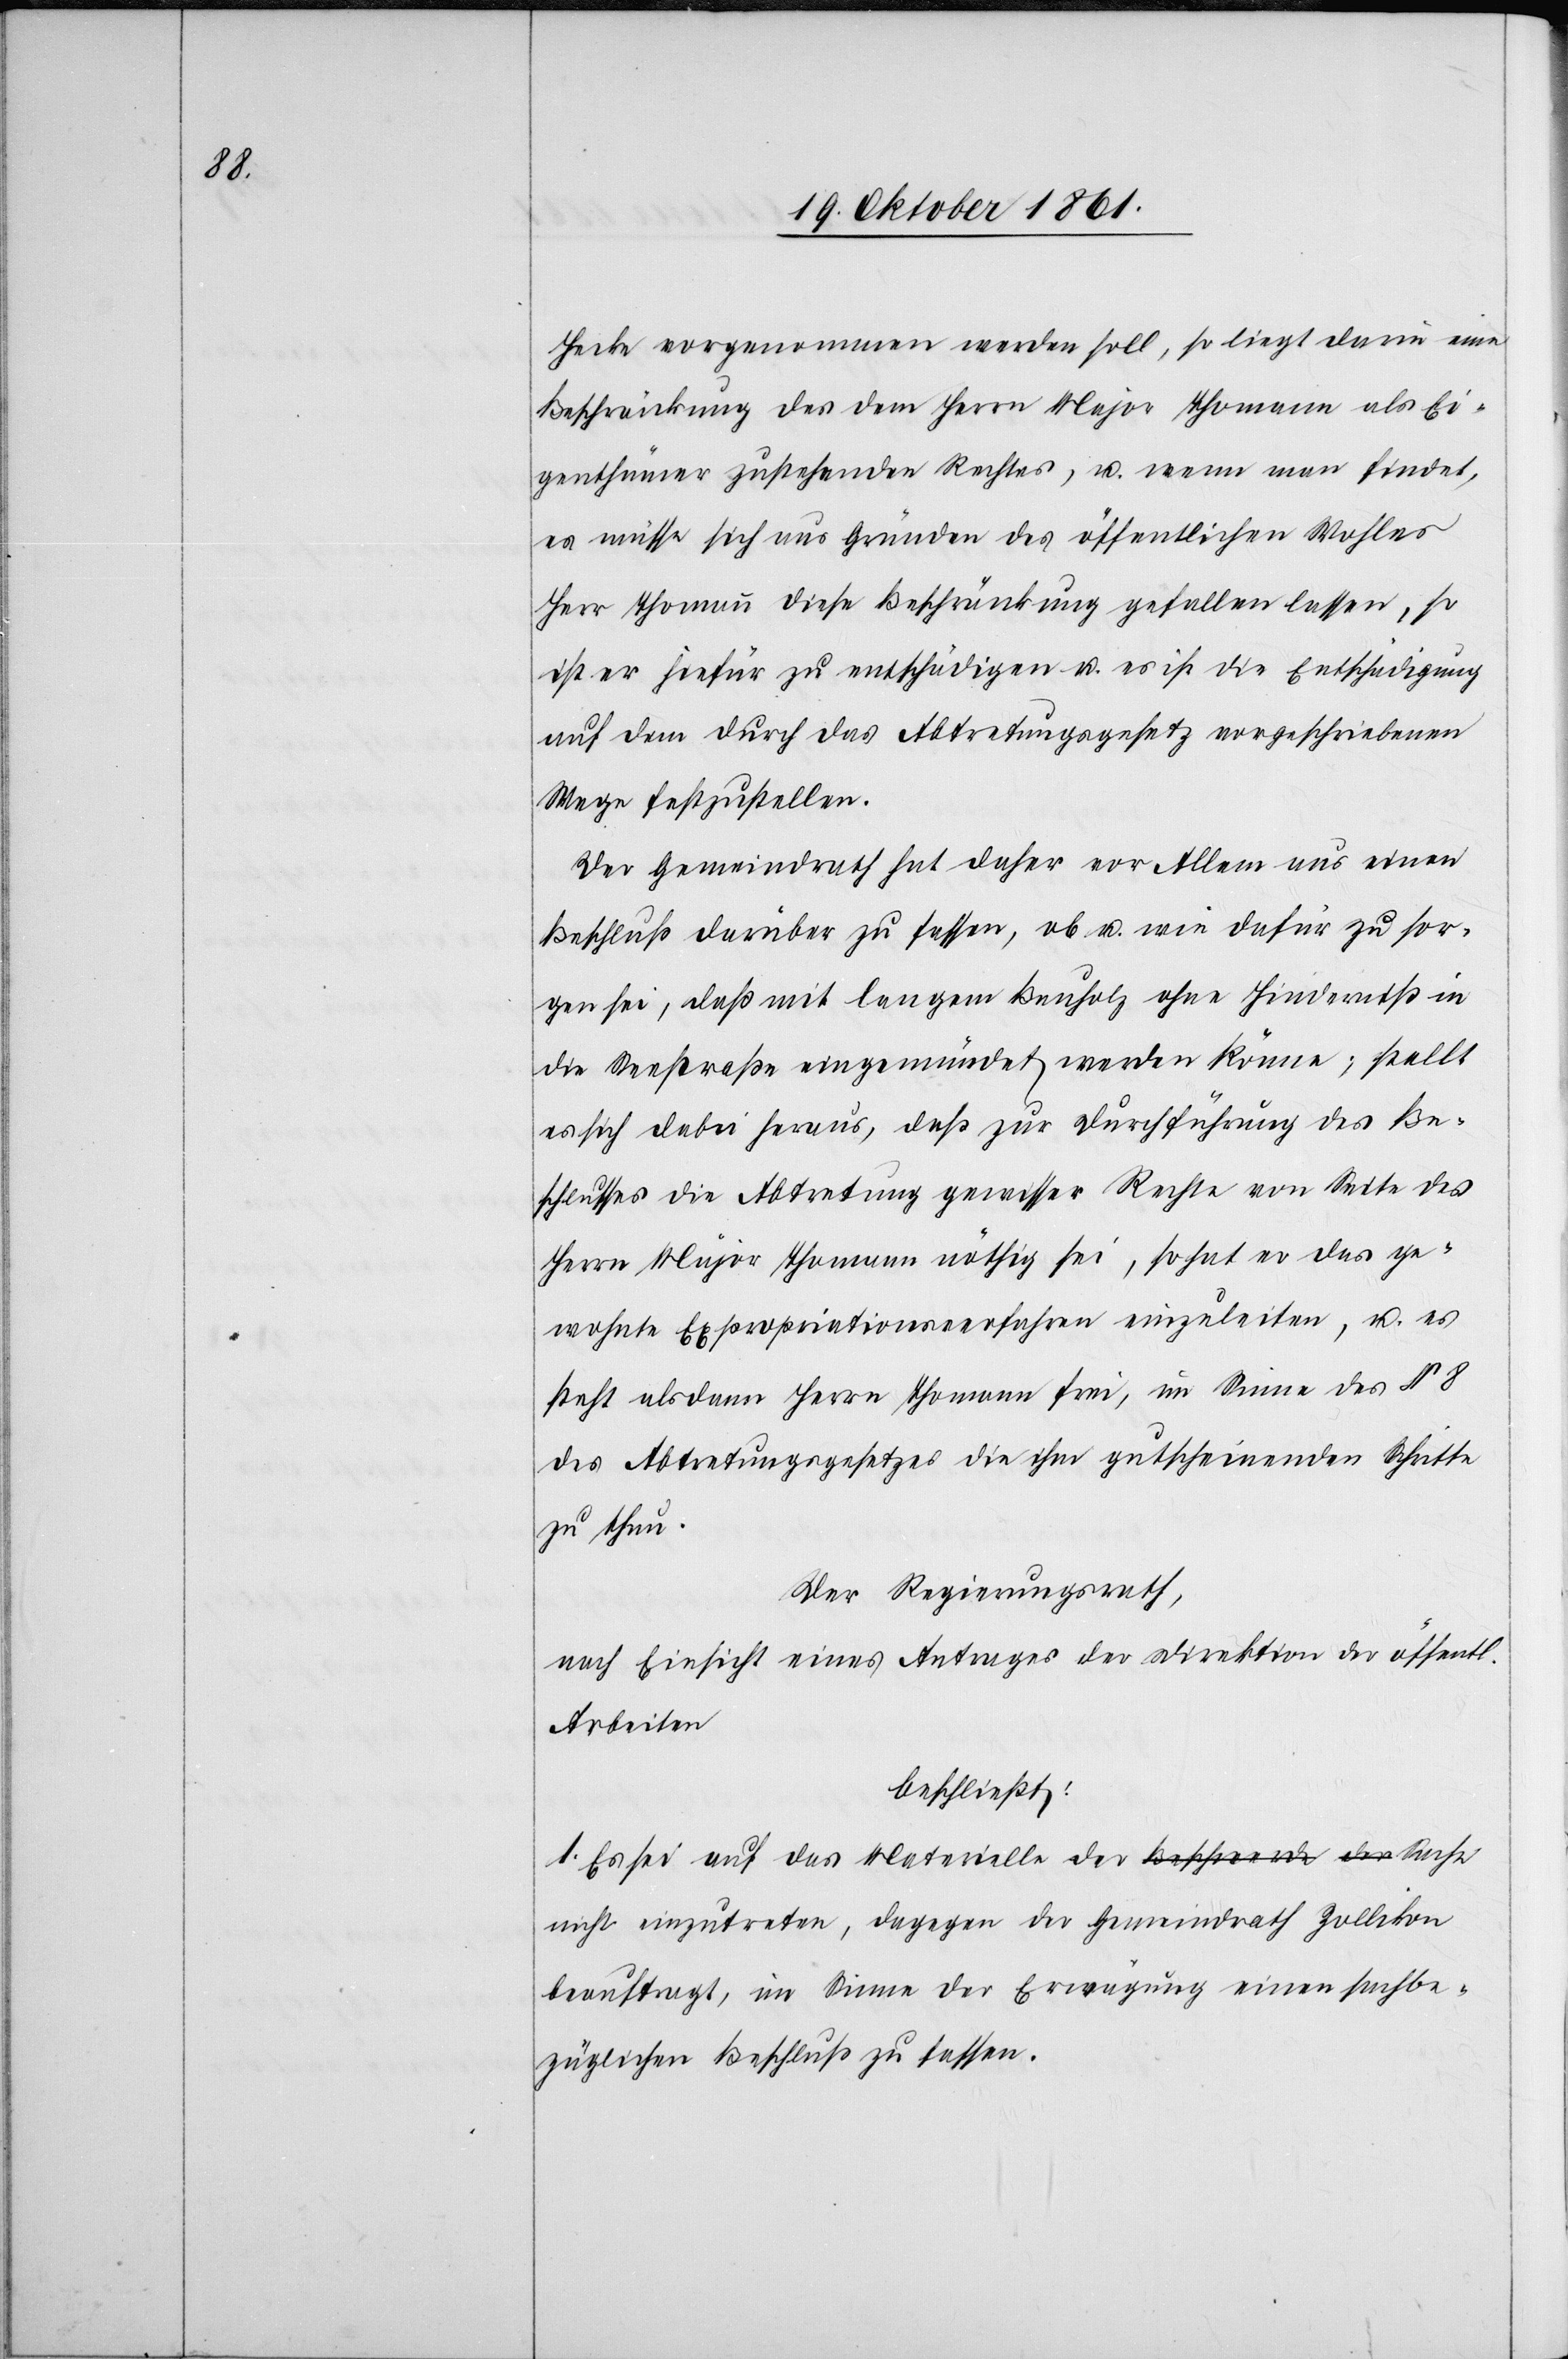
Hecke vorgenommen werden soll, so liegt darin eine
Beschränkung des dem Herrn Major Thomann als Ei¬
genthümer zustehenden Rechtes, u. wenn man findet,
es müsse sich aus Gründen des öffentlichen Wohles
Herr Thomann diese Beschränkung gefallen lassen, so
ist er hiefür zu entschädigen u. es ist die Entschädigung
auf dem durch das Abtretungsgesetz vorgeschriebenen
Wege festzustellen.
Der Gemeindrath hat daher vor Allem aus einen
Beschluß darüber zu fassen, ob u. wie dafür zu sor¬
gen sei, daß mit langem Bauholz ohne Hinderniß in
die Seestraße eingemündet werden könne; stellt
es sich dabei heraus, daß zur Durchführung des Be¬
schlusses die Abtretung gewisser Rechte von Seite des
Herrn Major Thomann nöthig sei, so hat er das ge¬
wohnte Expropriationsverfahren einzuleiten, u. es
steht alsdann Herrn Thomann frei, im Sinne des § 8
des Abtretungsgesetzes die ihm gutscheinenden Schritte
zu thun.
Der Regierungsrath,
nach Einsicht eines Antrages der Direktion der öffentl.
Arbeiten
beschließt:
1. Es sei auf das Materielle der Sache nicht
beauftragt, im Sinne der Erwägung einen sachbe¬
züglichen Beschluß zu fassen.